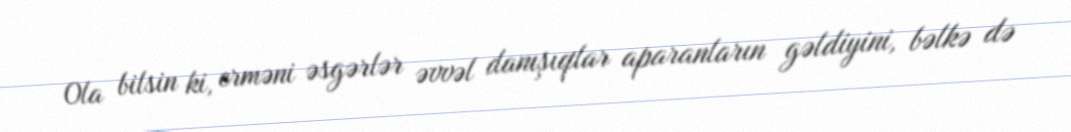
Ola bilsin ki, erməni əsgərlər əvvəl danışıqlar aparanların gəldiyini, bəlkə də